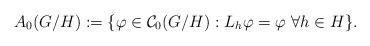
LaTeX: \begin{align*}A_0(G/H):=\{\varphi\in\mathcal{C}_0(G/H):L_h\varphi=\varphi\ \forall h\in H\}.\end{align*}